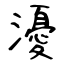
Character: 瀀